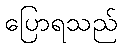
ပြောရသည်